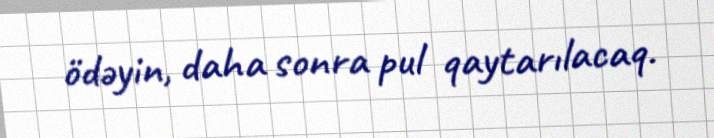
ödəyin, daha sonra pul qaytarılacaq.